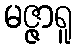
မဇ္ဇာရူ